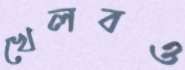
খেলবও